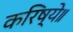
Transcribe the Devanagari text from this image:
करिष्ये॥